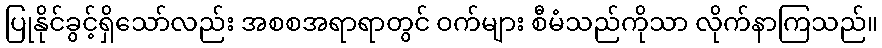
ပြုနိုင်ခွင့်ရှိသော်လည်း အစစအရာရာတွင် ဝက်များ စီမံသည်ကိုသာ လိုက်နာကြသည်။